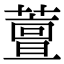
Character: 䕊